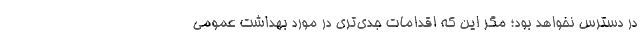
در دسترس نخواهد بود؛ مگر این که اقدامات جدی‌تری در مورد بهداشت عمومی